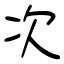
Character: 次